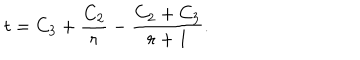
t = C _ { 3 } + \frac { C _ { 2 } } { r } - \frac { C _ { 2 } + C _ { 3 } } { r + 1 } .